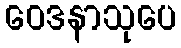
ဝေဒနာသုပေ